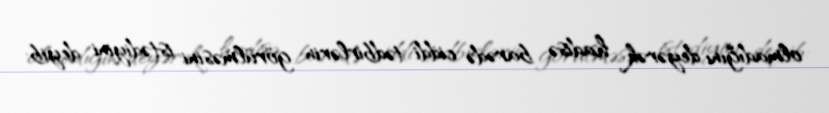
olmadığını deyərək hadisə barədə ciddi tədbirlərin görülməsini istədiyini deyib: